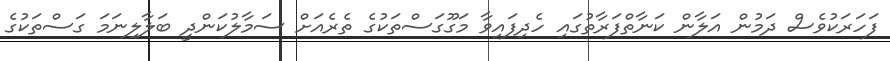
ފަހަރަކުވެސް ދަމުން އަލާން ކަނާތްފަރާތުގައި ހެދިފައިވާ މަގޫގަސްތަކުގެ ތެރެއަށް ސަމާލުކަންދީ ބަލާލިނަމަ ގަސްތަކުގެ